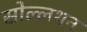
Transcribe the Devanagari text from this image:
सोल्लथन